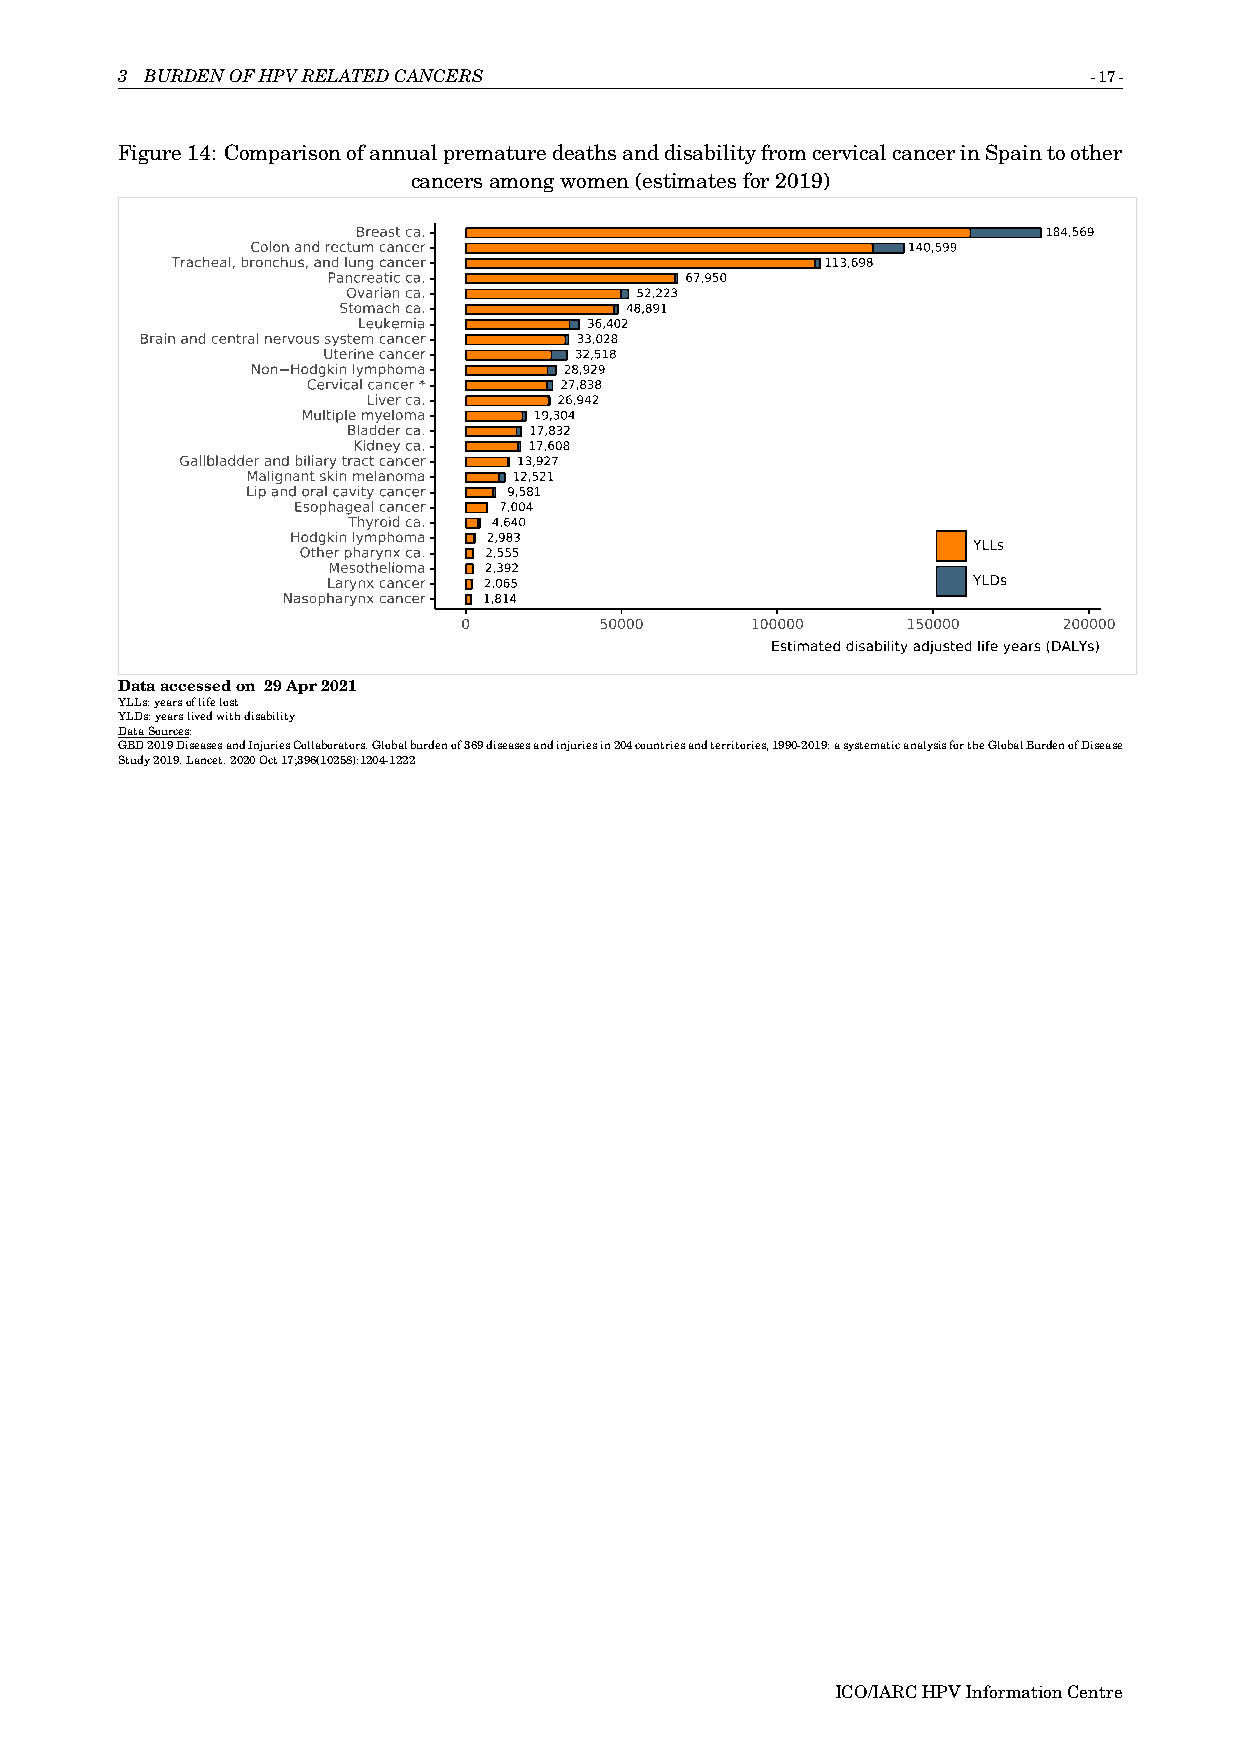
3 BURDENOFHPVRELATEDCANCERS                                     -17-
 Figure14: ComparisonofannualprematuredeathsanddisabilityfromcervicalcancerinSpaintoother
 cancersamongwomen(estimatesfor2019)
 Breast ca.                                   184,569
 Colon and rectum cancer                    140,599
 Tracheal, bronchus, and lung cancer         113,698
 Pancreatic ca.         67,950
 Ovarian ca.        52,223
 Stomach ca.        48,891
 Leukemia       36,402
 Brain and central nervous system cancer 33,028
 Uterine cancer   32,518
 Non Hodgkin lymphoma 28,929
 Cervical cancer * 27,838
 Liver ca.    26,942
 Multiple myeloma 19,304
 Bladder ca. 17,832
 Kidney ca.  17,608
 Gallbladder and biliary tract cancer 13,927
 Malignant skin melanoma 12,521
 Lip and oral cavity cancer 9,581
 Esophageal cancer 7,004
 Thyroid ca. 4,640
 Hodgkin lymphoma 2,983
 YLLs
 Other pharynx ca. 2,555
 Mesothelioma 2,392
 Larynx cancer 2,065                       YLDs
 Nasopharynx cancer 1,814
 0        50000     100000    150000    200000
 Estimated disability adjusted life years (DALYs)
 Dataaccessedon 29Apr2021
 YLLs:yearsoflifelost
 YLDs:yearslivedwithdisability
 DataSources:
 GBD2019DiseasesandInjuriesCollaborators.Globalburdenof369diseasesandinjuriesin204countriesandterritories,1990-2019:asystematicanalysisfortheGlobalBurdenofDisease
 Study2019.Lancet.2020Oct17;396(10258):1204-1222
 ICO/IARCHPVInformationCentre